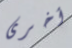
أخرى